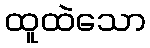
ထူထဲသော